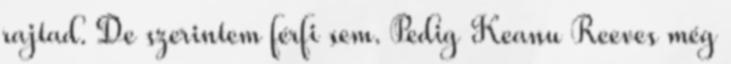
rajtad. De szerintem férfi sem. Pedig Keanu Reeves még